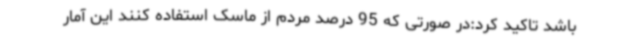
باشد تاکید کرد:در صورتی که 95 درصد مردم از ماسک استفاده کنند این آمار